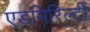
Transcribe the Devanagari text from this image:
एडमिरिल्टी